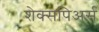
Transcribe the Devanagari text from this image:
शेक्सपिअर्स